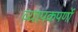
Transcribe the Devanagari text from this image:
व्यापकपर्णो